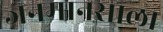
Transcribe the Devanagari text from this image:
जनमानसाला